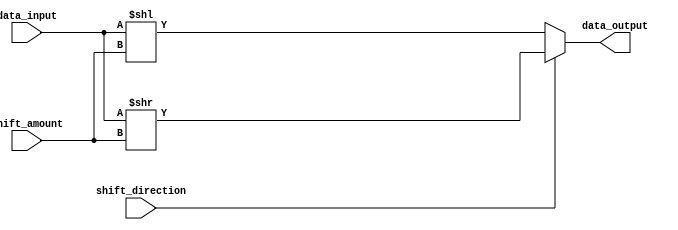
module Barrel_Shifter (
    input wire [7:0] data_input,
    input wire [2:0] shift_amount,
    input wire shift_direction, // 0 for left shift, 1 for right shift
    output wire [7:0] data_output
);

reg [7:0] data_temp;

always @(*) begin
    if (shift_direction == 0) begin
        data_temp = data_input << shift_amount;
    end else begin
        data_temp = data_input >> shift_amount;
    end
end

assign data_output = data_temp;

endmodule